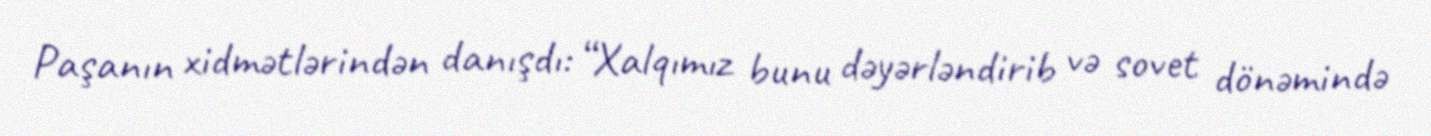
Paşanın xidmətlərindən danışdı: “Xalqımız bunu dəyərləndirib və sovet dönəmində